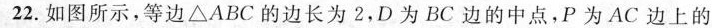
22.如图所示，等边△ABC的边长为2，D为BC边的中点，P为AC边上的